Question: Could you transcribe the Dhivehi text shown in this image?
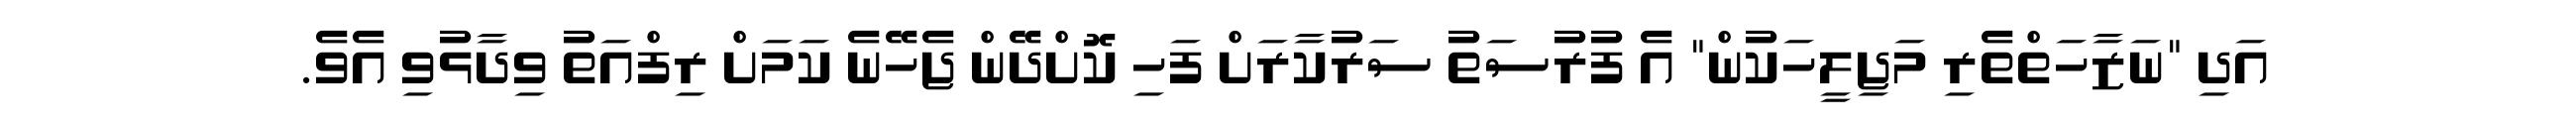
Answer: އަދި "ނަޒާހަތްތެރި މަޖިލީހަކުން" އެ ފުރުސަތު ސަރުކާރަށް ފަހި ކޮށްދޭން ޖެހޭނެ ކަމަށް ރިފްއަތު ވިދާޅުވި އެވެ.